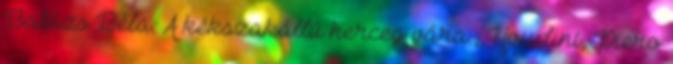
Balázs Béla: A kékszakállú herceg vára , Houdini, Piero